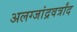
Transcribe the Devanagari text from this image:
अलग्जांद्रवर्त्रांद